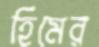
হিমের